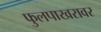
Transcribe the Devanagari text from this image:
फुलपाखरावर